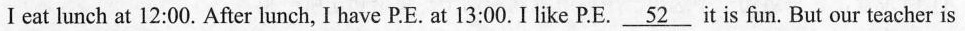
I eat lunch at 12:00. After lunch, I have P.E. at 13:00. I like P.E. \underline{52} it is fun. But our teacher is